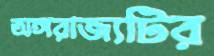
অঙ্গরাজ্যটির